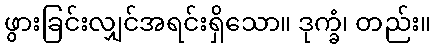
ဖွားခြင်းလျှင်အရင်းရှိသော။ ဒုက္ခံ၊ တည်း။